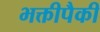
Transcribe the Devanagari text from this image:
भक्तीपैकी